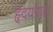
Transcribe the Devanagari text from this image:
हृदयग्राह्य